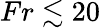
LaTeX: Fr\lesssim 20